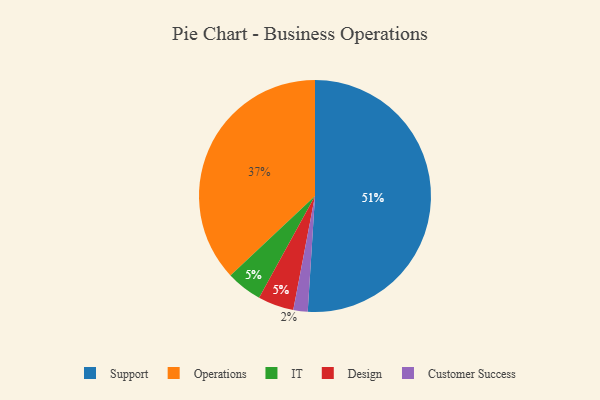
{"axis": {"x": "Category", "y": "Percentage"}, "legend": ["Customer Success", "Design", "IT", "Operations", "Support"], "data": [{"x": "IT", "y": 5, "type": "IT"}, {"x": "Support", "y": 51, "type": "Support"}, {"x": "Customer Success", "y": 2, "type": "Customer Success"}, {"x": "Operations", "y": 37, "type": "Operations"}, {"x": "Design", "y": 5, "type": "Design"}]}